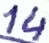
Text: 14